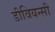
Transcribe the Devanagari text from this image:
डीवियन्सी